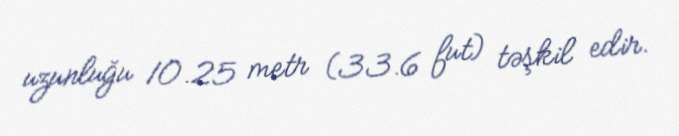
uzunluğu 10.25 metr (33.6 fut) təşkil edir.